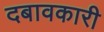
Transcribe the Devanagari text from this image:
दबावकारी